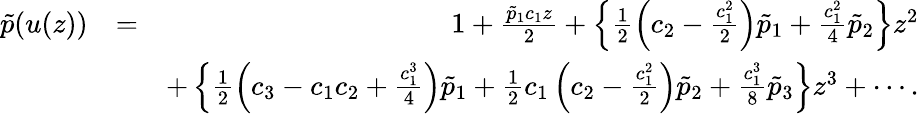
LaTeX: \begin{array}{rlr}{\tilde{p}(u(z))}&{=}&{1+\frac{\tilde{p}_{1}c_{1}z}{2}+\left\{ \frac{1}{2}\left(c_{2}-\frac{c_{1}^{2}}{2}\right)\tilde{p}_{1}+\frac{c_{1}^{2}}{4}\tilde{p}_{2}\right\} z^{2}}\\ &{~}&{+\left\{ \frac{1}{2}\left(c_{3}-c_{1}c_{2}+\frac{c_{1}^{3}}{4}\right)\tilde{p}_{1}+\frac{1}{2}c_{1}\left(c_{2}-\frac{c_{1}^{2}}{2}\right)\tilde{p}_{2}+\frac{c_{1}^{3}}{8}\tilde{p}_{3}\right\} z^{3}+\cdots.}\end{array}